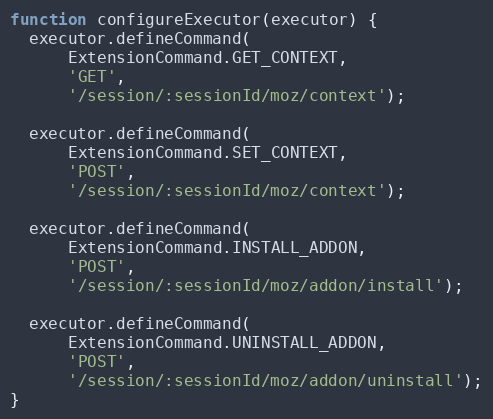
Language: JavaScript
function configureExecutor(executor) {
  executor.defineCommand(
      ExtensionCommand.GET_CONTEXT,
      'GET',
      '/session/:sessionId/moz/context');

  executor.defineCommand(
      ExtensionCommand.SET_CONTEXT,
      'POST',
      '/session/:sessionId/moz/context');

  executor.defineCommand(
      ExtensionCommand.INSTALL_ADDON,
      'POST',
      '/session/:sessionId/moz/addon/install');

  executor.defineCommand(
      ExtensionCommand.UNINSTALL_ADDON,
      'POST',
      '/session/:sessionId/moz/addon/uninstall');
}